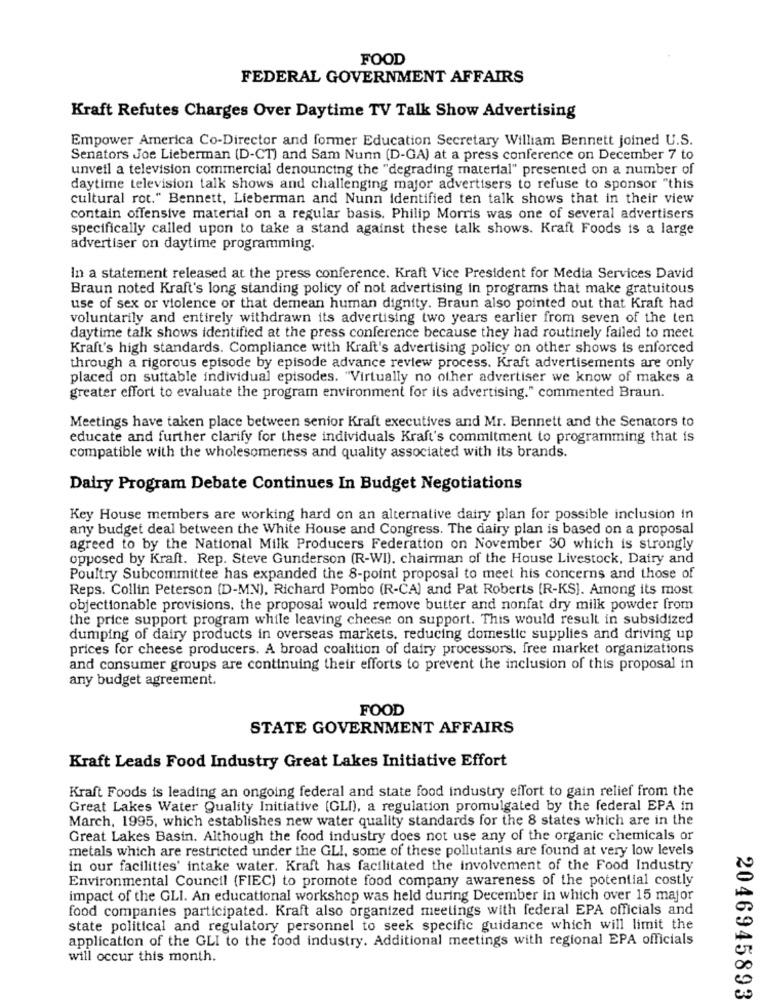
FOOD
FEDERAL GOVERNMENT AFFAIRS
Kraft Refutes Charges Over Daytime TV Talk Show Advertising
Empower America Co-Director and former Education Secretary William Bennett joined U.S.
Senators Joe Lieberman (D-CT) and Sam Nunn (D-GA) at a press conference on December 7 to
unveil a television commercial denouncing the "degrading material" presented on a number of
daytime television talk shows and challenging major advertisers to refuse to sponsor "this
cultural rot." Bennett, Lieberman and Nunn identified ten talk shows that in their view
contain offensive material on a regular basis. Philip Morris was one of several advertisers
specifically called upon to take a stand against these talk shows. Kraft Foods is a large
advertiser on daytime programming.
In a statement released at the press conference. Kraft Vice President for Media Services David
Braun noted Kraft's long standing policy of not advertising in programs that make gratuitous
use of sex or violence or that demean human dignity. Braun also pointed out that Kraft had
voluntarily and entirely withdrawn its advertising two years earlier from seven of the ten
daytime talk shows identified at the press conference because they had routinely failed to meet
Kraft's high standards. Compliance with Kraft's advertising policy on other shows is enforced
through a rigorous episode by episode advance review process. Kraft advertisements are only
placed on suitable individual episodes. "Virtually no other advertiser we know of makes a
greater effort to evaluate the program environment for ils advertising." commented Braun.
Meetings have taken place between senior Kraft executives and Mr. Bennett and the Senators to
educate and further clarify for these individuals Kraft's commitment to programming that is
compatible with the wholesomeness and quality associated with its brands.
Dairy Program Debate Continues In Budget Negotiations
Key House members are working hard on an alternative dairy plan for possible inclusion In
any budget deal between the White House and Congress. The dairy plan is based on a proposal
agreed to by the National Milk Producers Federation on November 30 which is strongly
opposed by Kraft. Rep. Steve Gunderson (R-WI), chairman of the House Livestock, Dairy and
Poultry Subcommittee has expanded the 8-point proposal to meet his concerns and those of
Reps. Collin Peterson (D-MN), Richard Pombo (R-CA) and Pat Roberts [R-KS]. Among its most
objectionable provisions, the proposal would remove butter and nonfat dry milk powder from
the price support program while leaving cheese on support. This would result in subsidized
dumping of dairy products in overseas markets. reducing domestic supplies and driving up
prices for cheese producers. A broad coalition of dairy processors, free market organizations
and consumer groups are continuing their efforts to prevent the inclusion of this proposal in
any budget agreement.
FOOD
STATE GOVERNMENT AFFAIRS
Kraft Leads Food Industry Great Lakes Initiative Effort
Kraft Foods is leading an ongoing federal and state food industry effort to gain relief from the
Great Lakes Water Quality Initiative (GLI), a regulation promulgated by the federal EPA in
March, 1995, which establishes new water quality standards for the 8 states which are in the
Great Lakes Basin. Although the food industry does not use any of the organic chemicals or
metals which are restricted under the GLI, some of these pollutants are found at very low levels
in our facilities' intake water. Kraft has facilitated the involvement of the Food Industry
Environmental Council (FIEC) to promote food company awareness of the potential costly
impact of the GLI. An educational workshop was held during December in which over 15 major
food companies participated. Kraft also organized meetings with federal EPA officials and
state political and regulatory personnel to seek specific guidance which will limit the
application of the GLI to the food industry. Additional meetings with regional EPA officials
will occur this month.
2046945893